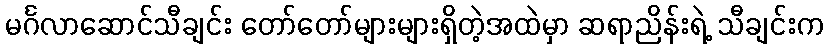
မင်္ဂလာဆောင်သီချင်း တော်တော်များများရှိတဲ့အထဲမှာ ဆရာညိန်းရဲ့ သီချင်းက